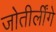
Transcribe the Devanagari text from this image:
जोतीर्लींगे